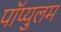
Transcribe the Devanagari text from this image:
पॉप्युलम